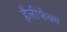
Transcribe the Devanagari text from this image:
हैलीफैक्स